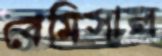
বেমিসাল